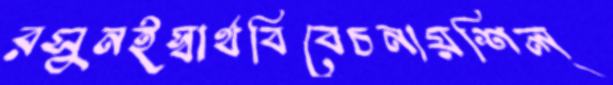
রসুনইস্বার্থবিবেচনায়শিল্